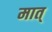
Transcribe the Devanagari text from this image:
मात्